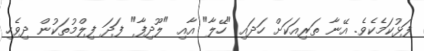
ފަޅުކަމެކެވެ. އޭނާ ތަރިއަކަށް ހަދައި "ހޭލާ" އާއި "ލޫދިފާ" ފަދަ ފިލްމުތަކުން ދިވެހި